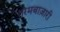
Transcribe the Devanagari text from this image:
गरमबाज़ारी